system: You are a helpful assistant.
user:
Analyze the provided spectrum to determine if it is a **S-type Star**.

- **Key Indicators for S-type Star:**

    - **(Overall Spectrum Shape):** The first and most obvious characteristic is the overall continuum (the "baseline" shape). It is **extremely "red-sloping,"** meaning the flux (light intensity) is very low on the left side (blue, ~4000-4500 Å) and rises steeply and continuously toward the right side (red, ~7000 Å+).

    - **(Primary):** The spectrum is defined by the presence of strong, broad molecular absorption "valleys" (bands) from **Zirconium Oxide (ZrO)**. The identification of these bands is the **primary requirement** for classifying a star as S-type.
        - **(Key Bandheads):** You must find distinct, deep "dips" where the light has been absorbed. The most critical band systems to locate are:
            - **~6474 Å** ($\gamma$-system): This is often the strongest and clearest ZrO feature, found in the red part of the spectrum.
            - **~5718 Å** & **~5551 Å** ($\beta$-system): A pair of prominent absorption features in the yellow-orange part of the spectrum.
            - **~4640 Å** ($\alpha$-system): A key absorption band system in the blue-green region of the spectrum.

    - **(Secondary Confirmation):** The classification is strengthened by finding additional absorption bands from other related heavy element oxides, which are expected to be present alongside ZrO.
        - **(Key Bandheads):**
            - **Yttrium Oxide (YO):** Look for absorption dips near **~4800 Å** and **~6100 Å**.
            - **Lanthanum Oxide (LaO):** Additional absorption features, particularly in the red-orange part of the spectrum, are also characteristic.

    - **(Line Profile):** The combination of the steep red continuum and these numerous, deep molecular bands (ZrO, YO, etc.) gives the entire spectrum a very **"chopped-up"** or **"bumpy"** appearance. Instead of a smooth curve, the spectrum looks as though large, wide chunks of light have been "carved out" of it at the specific wavelengths listed above.

Think first, call **spectral_visualization_tool** if needed to examine features in detail, then provide your final answer. Your response must adhere to the following strict rules:
1.  **Overall Structure:** Your response must follow the format `<think>...</think> <tool_call>...</tool_call> (if a tool is used) <answer>...</answer>`.
2.  **Tool Usage Constraint:** You may only make **one** tool call per turn.
3.  **Final Answer Format:** In the `<answer>` tag, your conclusion must be inside a `\boxed{}` command (e.g., `\boxed{YES}` or `\boxed{NO}`), followed by your justification.

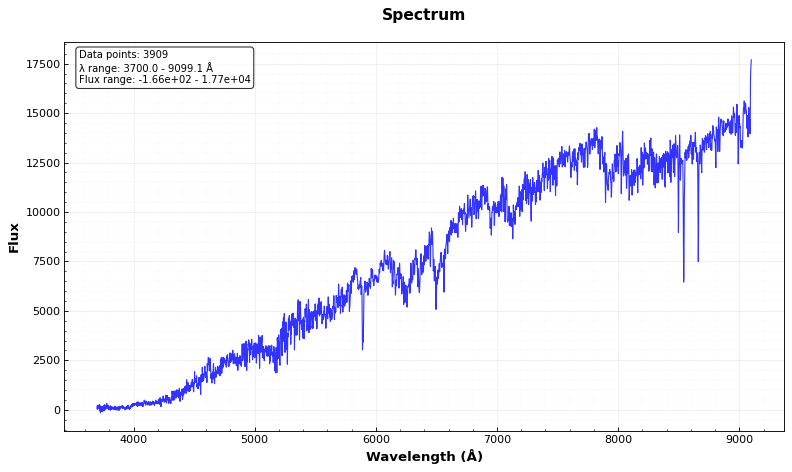
Answer: YES